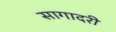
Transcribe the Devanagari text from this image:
सागादरी